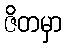
ဇိတမှာ